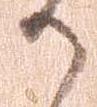
か